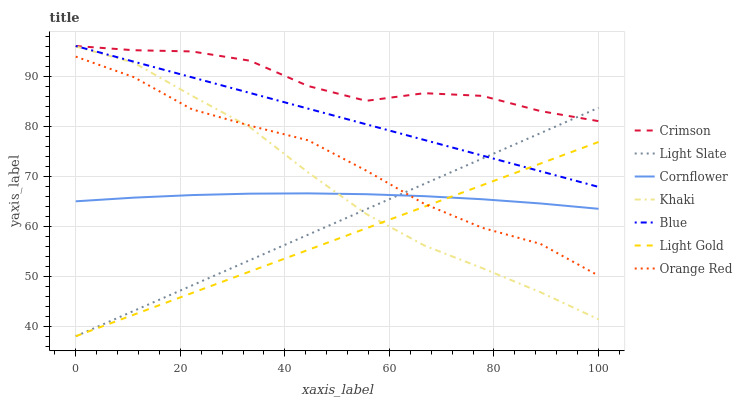
| xaxis_label | Crimson | Light Slate | Cornflower | Khaki | Blue | Light Gold | Orange Red |
 | --- | --- | --- | --- | --- | --- | --- | --- |
 | 0 | 96 | 38 | 65 | 95.9 | 96 | 38 | 93.9 |
 | 11.1 | 95.2 | 43.1 | 65.7 | 92.7 | 92.9 | 42.3 | 89.8 |
 | 22.2 | 94.9 | 48.1 | 66.2 | 86.1 | 89.7 | 46.6 | 83.4 |
 | 33.3 | 93.1 | 53.2 | 66.5 | 79.8 | 86.6 | 50.9 | 80.1 |
 | 44.4 | 88 | 58.3 | 66.6 | 70.7 | 83.5 | 55.3 | 77.2 |
 | 55.6 | 85 | 63.4 | 66.4 | 62.4 | 80.4 | 59.6 | 71.1 |
 | 66.7 | 86.6 | 68.4 | 66 | 56.1 | 77.2 | 63.9 | 64.5 |
 | 77.8 | 86 | 73.5 | 65.4 | 51.6 | 74.1 | 68.2 | 59.7 |
 | 88.9 | 83 | 78.6 | 64.5 | 46.8 | 71 | 72.5 | 56.5 |
 | 100 | 81 | 83.7 | 63.5 | 41.4 | 67.8 | 76.8 | 50.1 |